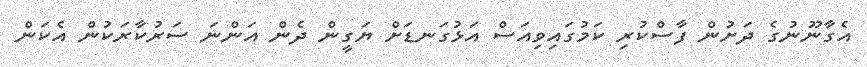
އެގާނޫނުގެ ދަށުން ފާސްކުރި ކަމުގައިވިއަސް އަޅުގަނޑަށް ޔަގީން ދެން އަންނަ ސަރުކާރަކުން އެކަން